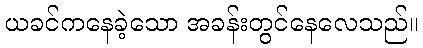
ယခင်ကနေခဲ့သော အခန်းတွင်နေလေသည်။